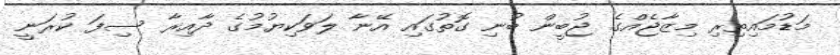
މަޑުމައިތިރި މިޒާޖެއްގެ ޖުބީން ބުނި ގޮތުގައި އޭނާ ލަވަކިޔުމުގެ ދާއިރާ ސިފަ ކުރަނީ